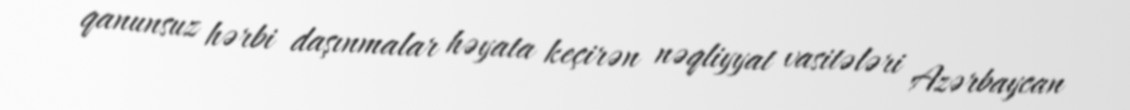
qanunsuz hərbi daşınmalar həyata keçirən nəqliyyat vasitələri Azərbaycan